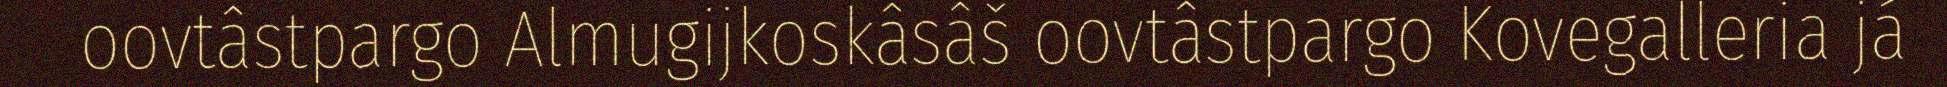
oovtâstpargo Almugijkoskâsâš oovtâstpargo Kovegalleria já